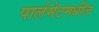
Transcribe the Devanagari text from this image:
पार्लमेटमधील